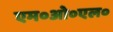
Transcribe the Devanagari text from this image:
एम०ओ०एल०